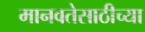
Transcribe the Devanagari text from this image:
मानवतेसाठीच्या